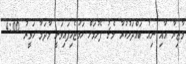
މާޒިޔާ އާއި ނިއު ބައްދަލުކުރާ މެޗު ފެށުމަށް ހަމަޖެހިފައިވަނީ މާދަމާ ހަވީރު 4:00